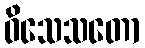
ဝိသေသတော